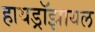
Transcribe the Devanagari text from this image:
हायड्रॉझायल